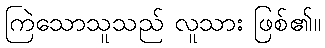
ကြဲသောသူသည် လူသား ဖြစ်၏။